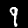
Label: 9